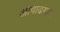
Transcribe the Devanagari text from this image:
अाषाढमास